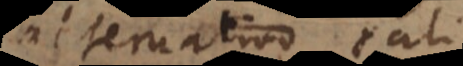
alternativo tali,